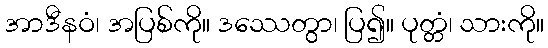
အာဒီနဝံ၊ အပြစ်ကို။ ဒဿေတွာ၊ ပြ၍။ ပုတ္တံ၊ သားကို။